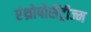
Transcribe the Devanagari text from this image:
एंथ्रोपोसेंट्रीज्म